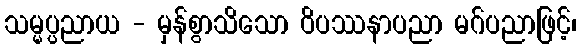
သမ္မပ္ပညာယ - မှန်စွာသိသော ဝိပဿနာပညာ မဂ်ပညာဖြင့်၊